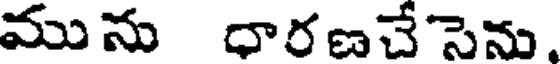
మును ధారణచేసెను.